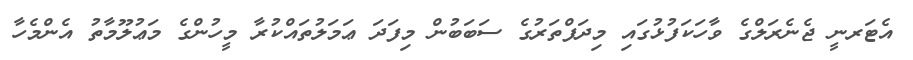
އެޓަރނީ ޖެނެރަލްގެ ވާހަކަފުޅުގައި މިދަފްތަރުގެ ސަބަބުން މިފަދަ ޢަމަލުތައްކުރާ މީހުންގެ މަޢުލޫމާތު އެންމެހާ